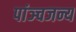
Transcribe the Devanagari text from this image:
पांञ्चजन्य